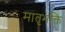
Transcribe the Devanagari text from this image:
मातृभक्ति